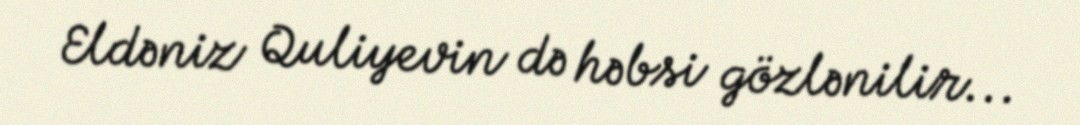
Eldəniz Quliyevin də həbsi gözlənilir...